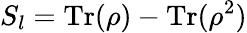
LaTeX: S_{l}=\operatorname{Tr}(\rho)-\operatorname{Tr}(\rho^{2})